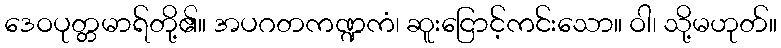
ဒေဝပုတ္တမာရ်တို့၏။ အပဂတကဏ္ဍကံ၊ ဆူးငြောင့်ကင်းသော။ ဝါ၊ သို့မဟုတ်။